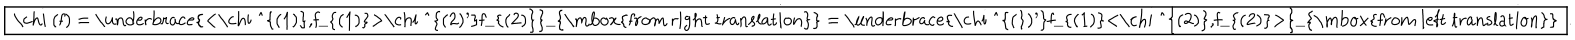
\fbox { \chi ( f ) = \underbrace { < \chi ^ { ( 1 ) } , f _ { ( 1 ) } > \chi ^ { ( 2 ) ^ { \prime } } f _ { ( 2 ) } } _ { \mathrm { f r o m ~ r i g h t ~ t r a n s l a t i o n } } = \underbrace { \chi ^ { ( 1 ) ^ { \prime } } f _ { ( 1 ) } < \chi ^ { ( 2 ) } , f _ { ( 2 ) } > } _ { \mathrm { f r o m ~ l e f t ~ t r a n s l a t i o n } } } .